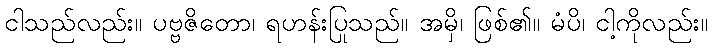
ငါသည်လည်း။ ပဗ္ဗဇိတော၊ ရဟန်းပြုသည်။ အမှိ၊ ဖြစ်၏။ မံပိ၊ ငါ့ကိုလည်း။